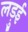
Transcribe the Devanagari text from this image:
लड़ुई